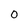
Character: 0